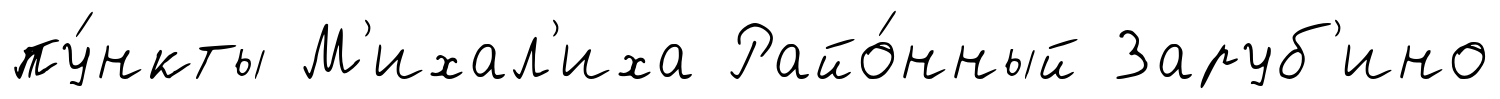
пу́нкты М'ихал'иха Райо́нный Заруб'ино